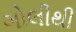
ગોલીથી